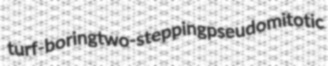
turf-boring two-stepping pseudomitotic